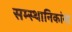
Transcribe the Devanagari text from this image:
सम्स्थानिकांना